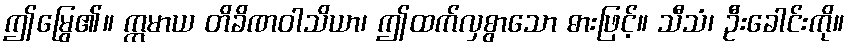
ဤမြွေ၏။ ဣမာယ တိခိဏဝါသိယာ၊ ဤထက်လှစွာသော ဓားဖြင့်။ သီသံ၊ ဦးခေါင်းကို။